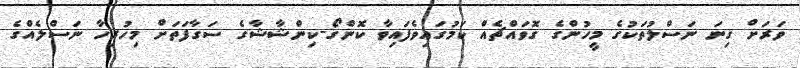
ވަރަށް ގިނަ ނަސްލުތަކުގެ މީހުންގެ ގޮޮވައްޗެއް ކަމުގައިވެފައިވާ ކޮންގޯ-ކިންޝާޝާގެ ސަގާފަތަށް މިހުރިހާ ނަސްލެއްގެ